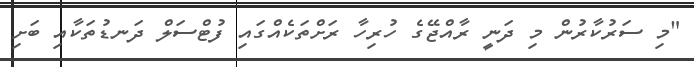
"މި ސަރުކާރުން މި ދަނީ ރާއްޖޭގެ ހުރިހާ ރަށްތަކެއްގައި ފުޓްސަލް ދަނޑުތަކާއި ބަށި